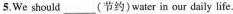
5.We should___(节约)water in our daily life.